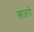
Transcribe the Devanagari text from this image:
ख़ज़रों